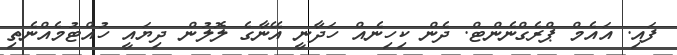
ފައި. އައެމް ޕްރެގްނެންޓް. ދެން ކިހިނެއް ހަދާނީ އޭނާގެ ލޮލުން ދިޔައީ ހުއްޓުމެއްނެތި